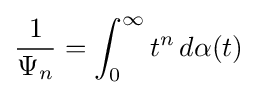
{\frac {1}{\Psi _{n}}}=\int _{0}^{\infty }t^{n}\,d\alpha (t)